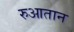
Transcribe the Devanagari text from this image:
रुआतान